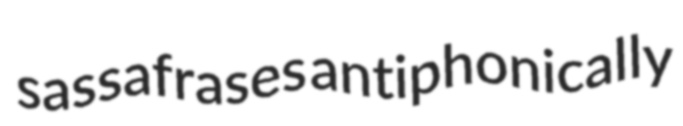
sassafrases antiphonically